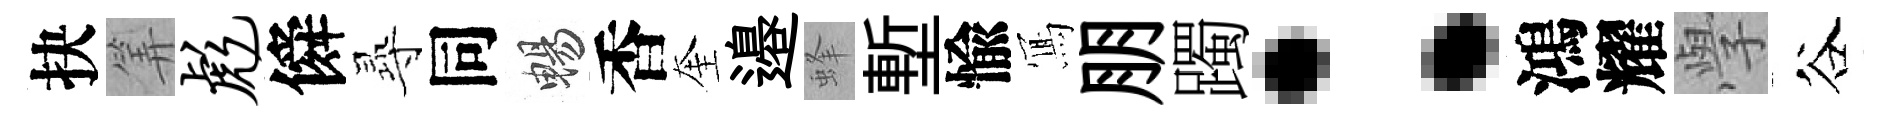
抉筭彪僢𡬶同暢香奎邉蜂塹愉𭂁朋躅：鴻耀𭓕谷